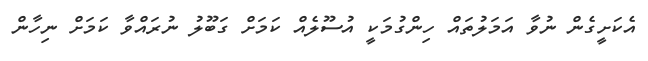
އެކަށީގެން ނުވާ އަމަލުތައް ހިންގުމަކީ އުސޫލެއް ކަމަށް ގަބޫލު ނުރައްވާ ކަމަށް ނިހާން